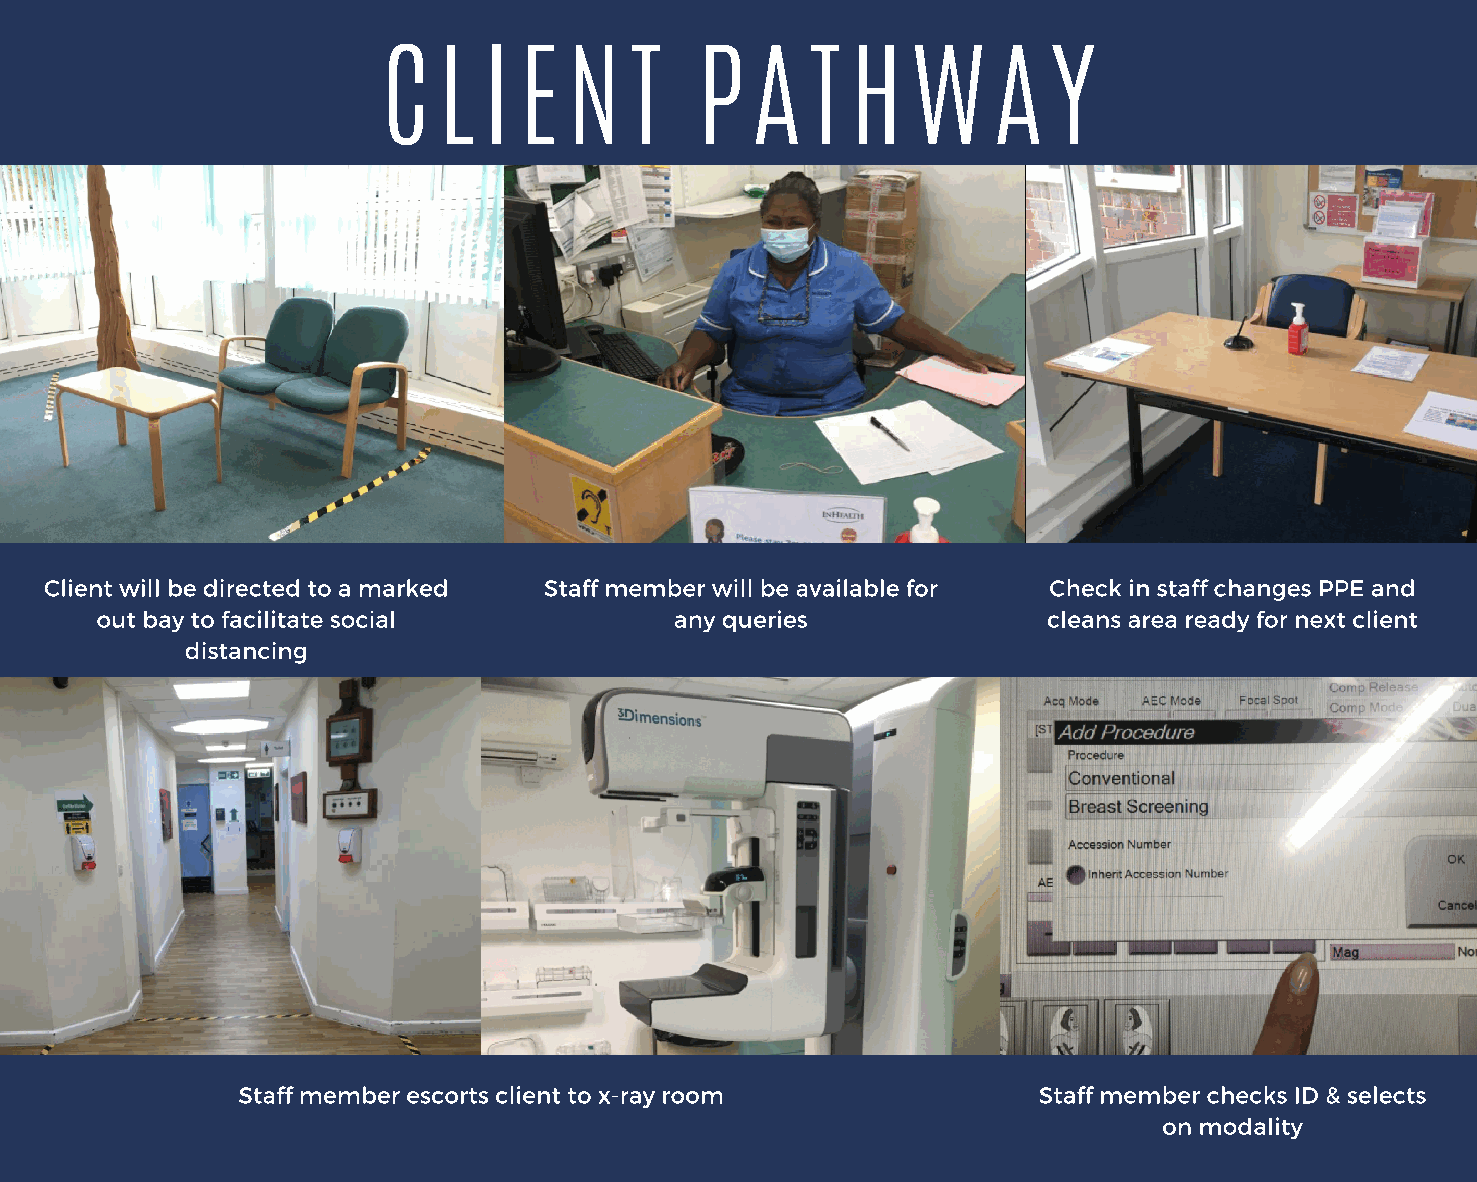
C   L  I E   N   T   P   A   T H   W     A   Y
 Client will be directed to a marked Staff member will be available for Check in staff changes PPE and
 out bay to facilitate social           any queries             cleans area ready for next client
 distancing
 Staff member escorts client to x-ray room            Staff member checks ID & selects
 on modality